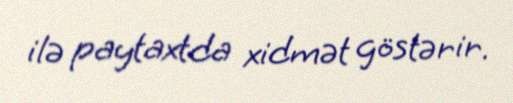
ilə paytaxtda xidmət göstərir.